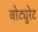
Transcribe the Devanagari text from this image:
वोट्युरेट